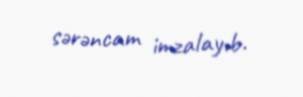
sərəncam imzalayıb.